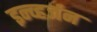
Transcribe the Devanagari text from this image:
इन्व्हर्जन